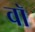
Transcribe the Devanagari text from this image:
वाॅ